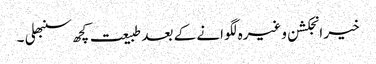
خیر انجکشن وغیرہ لگوانے کے بعد طبیعت کچھ سنبھلی ۔